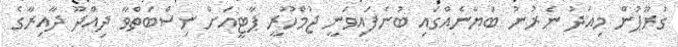
ގުރޫޕުން މިއަދު ނެރުނު ބަޔާނެއްގައި ބުނެފައިވަނީ ޖުމްހޫރީ ޕާޓީއަށް ނިސްބަތްވާ ދިއްދޫ ދާއިރާގެ